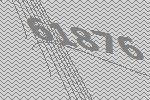
61876